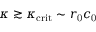
\kappa \gtrsim \kappa _ { \mathrm { c r i t } } \sim r _ { \mathrm { 0 } } c _ { \mathrm { 0 } }